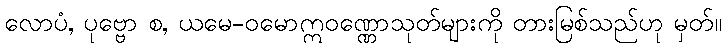
လောပံ, ပုဗ္ဗော စ, ယမေ-ဝမောဣဝဏ္ဏောသုတ်များကို တားမြစ်သည်ဟု မှတ်။